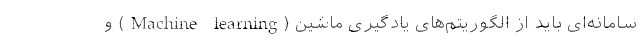
سامانه‌ای باید از الگوریتم‌های یادگیری ماشین (Machine learning) و